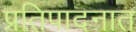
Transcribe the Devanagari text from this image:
प्रतिपादनात